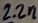
Text: 22n